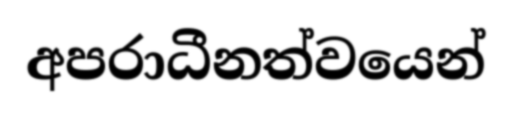
අපරාධීනත්වයෙන්